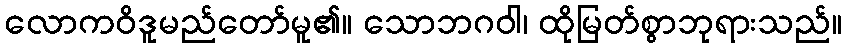
လောကဝိဒူမည်တော်မူ၏။ သောဘဂဝါ၊ ထိုမြတ်စွာဘုရားသည်။